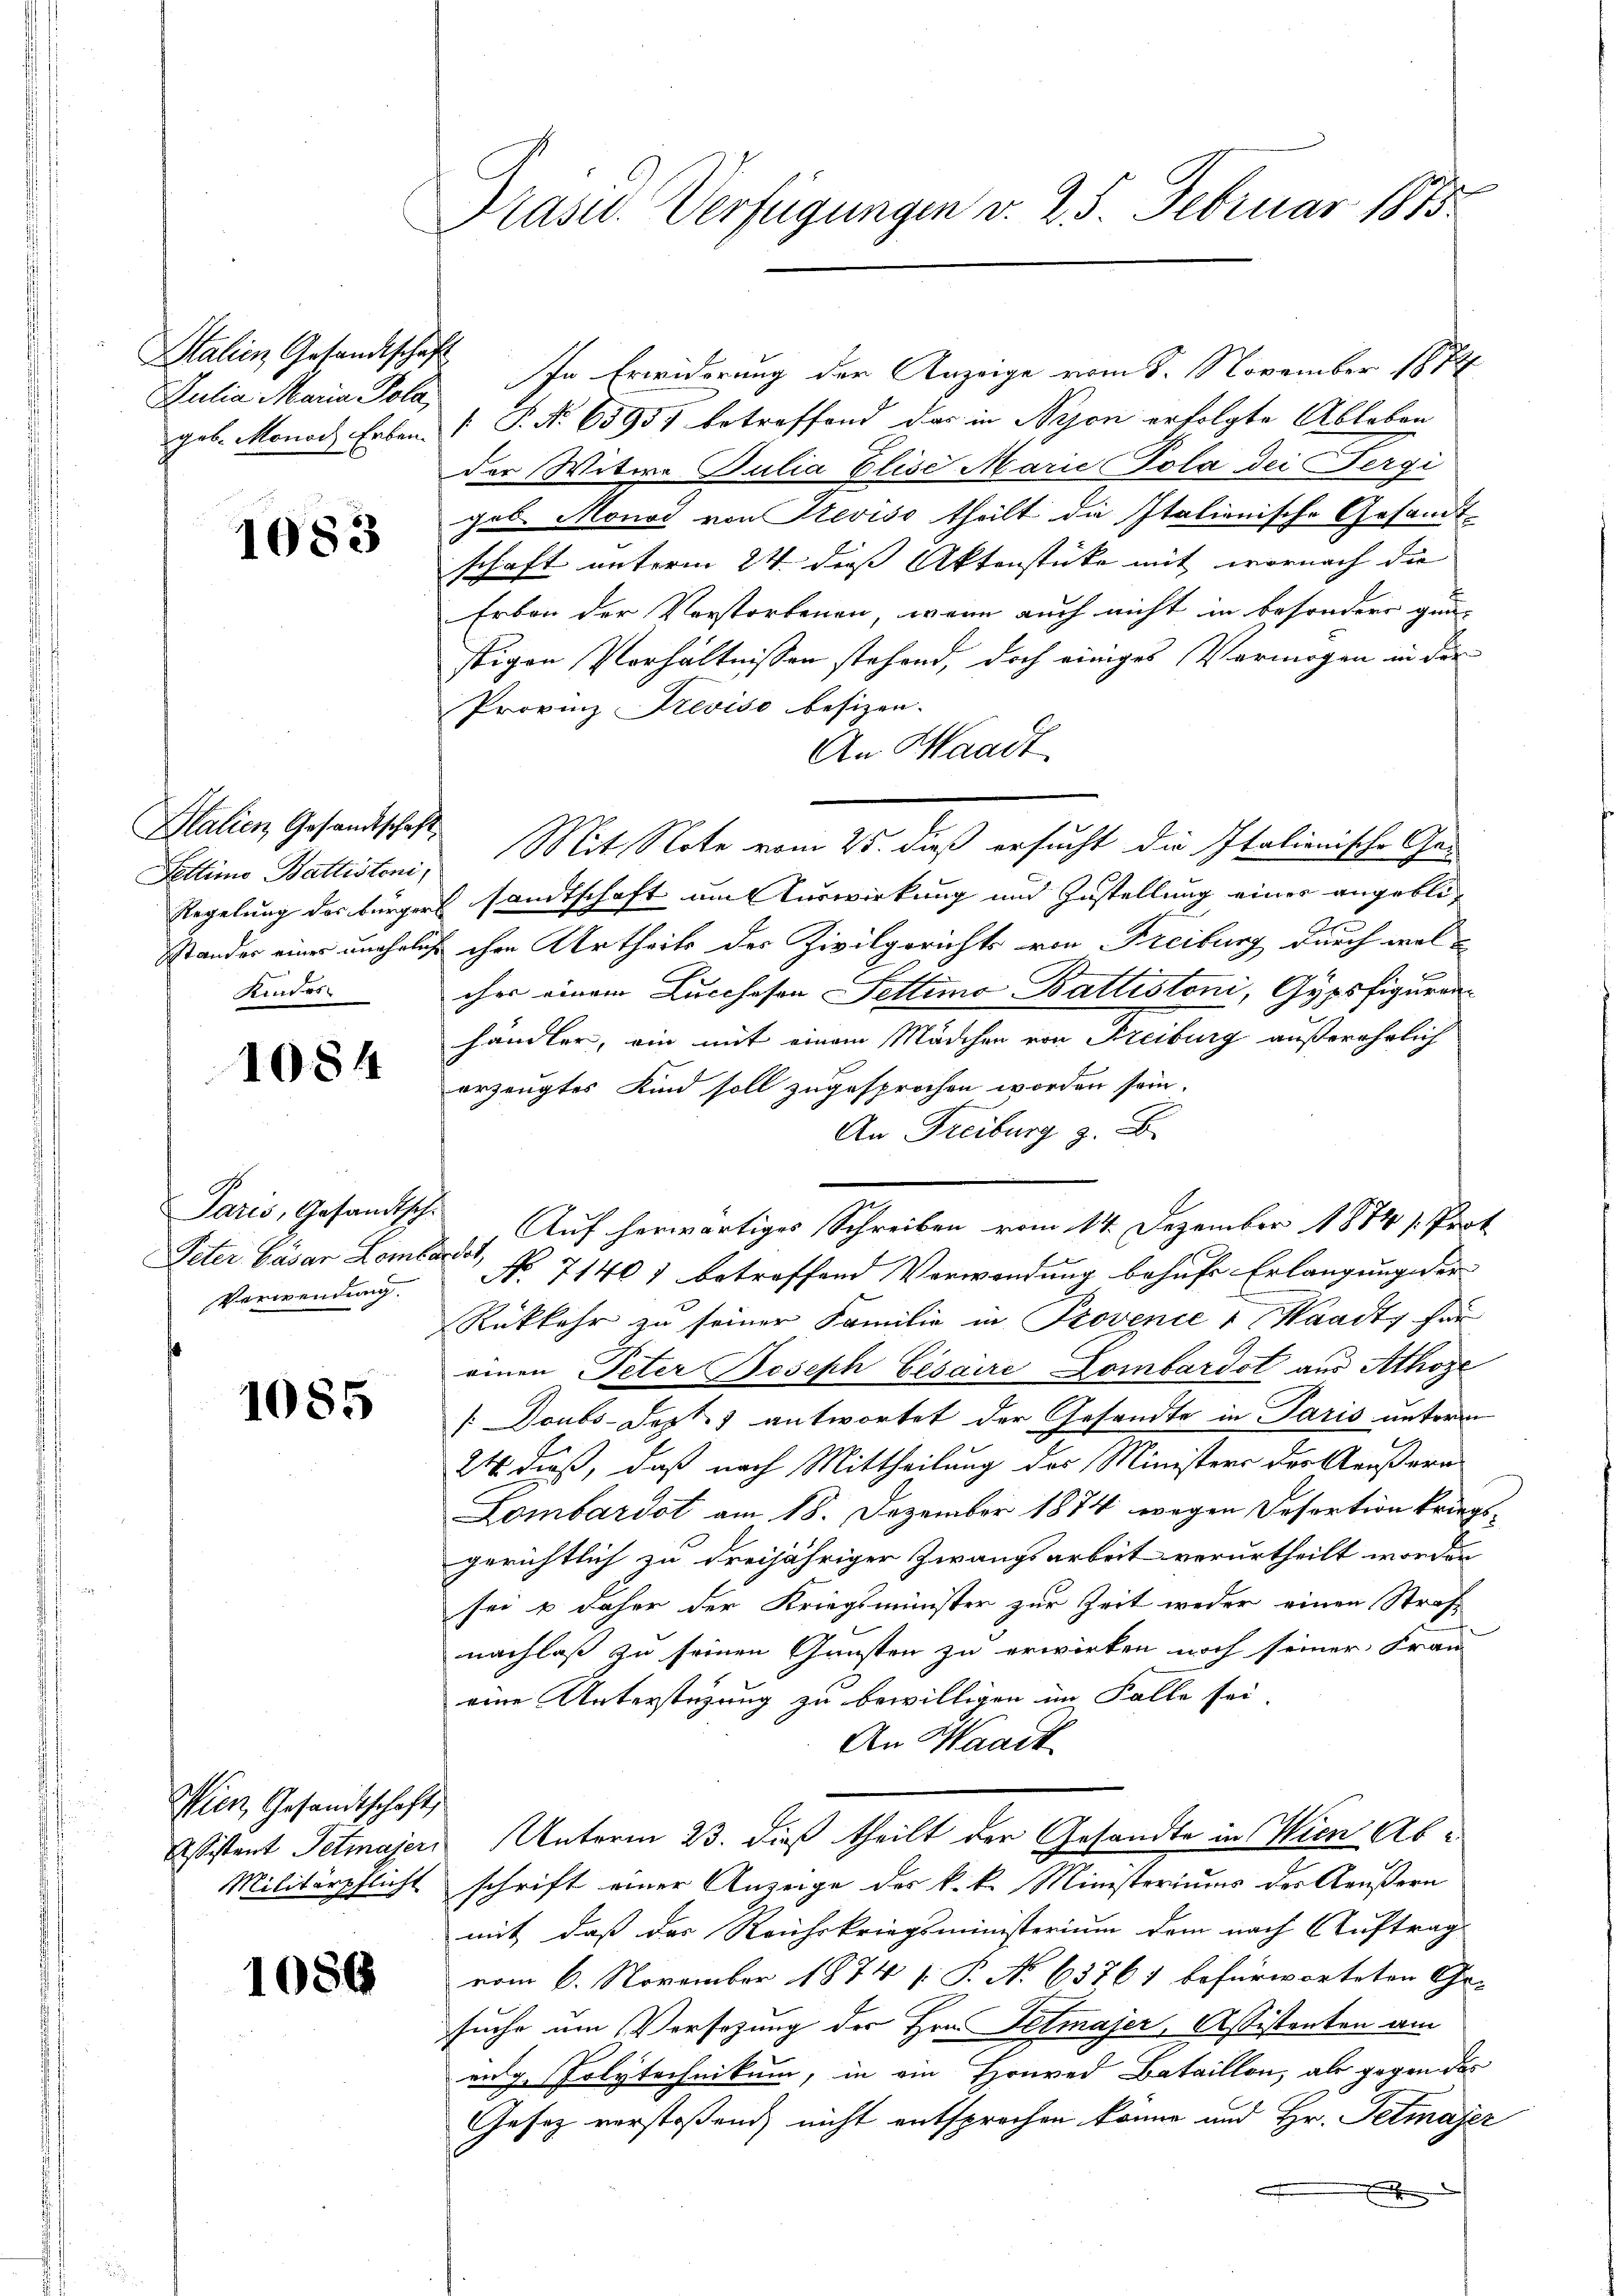
Stalien Gesandtschaft
Julia Maria Pola,

1083

Stalien Gesandtschaft
Fettimo Battisteni,
Kintos

1084

Paris, Gesandtsch
Peter Casar Lombardes,
Verwendung.

1085

Wien, Gesandtschaft

1089

Präsid. Verfügungen v. 25. Februar 1815

In Erwiderung der Anzeige vom 8. November 1874
geb. Monod Erben. P. Nr. 65957 betreffend das in Nyon erfolgte Ableben
der Witwe Julia Elise Marie Pola dei Sergi
geb. Monod von Steviso theilt die Italienische Gesandt-
schaft unterm 24. dies Aktenstücke mit wornach die
Erben der Verstorbenen, wenn auch nicht in besondere gun-
stigen Verhältnissen stehend, doch einiges Vermögen in der
Provinz Treviso besizen.
An Waadt.
Mit Note vom 25. dieß ersucht die Italionische Ge-
Regelung der bürgers sandtschaft um Verwirkung und Zustellung eines angebli¬
Stander einer unehelich ihre Urtheils des Zivilgerichts von Freibung durch welcher einem Lucchesen Fettimo Battestoni, Gypsfiguran
händler, ein mit einem Mädchen von Freiburg außerehrlich
erzeugtes Kind soll zugesprochen worden sein.
An Freiburg z. B.
Auf herwärtiges Schreiben vom 14. Dezember 1874 s. Prot
No 71401 betreffend Verwendung behufe Erlangung der
Rükkehr zu seiner Familie in Provenie " Waadt, für
einen Peter Joseph Cesaire Dombardol aus Athoze
/Doubs-Sept. 1 antwortet der Gesandte in Paris unterm
24 dieß, daß nach Mittheilung des Ministers der Aeußern
Lombardot am 18. Dezember 1874 wegen Desortion kriegsgerichtlich zu dreijähriger Zwangsarbeit verurtheilt worden
sei u daher der Kriegsminister zur Zeit weder einen Straß
nachlaß zu seinen Gunsten zu erwirken noch seiner Frau
eine Unterstüzung zu bewilligen im Falle sei.
An Waadt
Assistent Petmajer Unterm 23. dieß theilt der Gesandte in Wien Ab¬
Militärpflicht schrift einer Anzeige des k. k. Ministeriums des Aeußern
mit, daß das Reichskriegsministerium dem nach Auftrag
vom 6. November 1874 [ P. No 63761 befürworteten Ge-
suche um Versetzung der Hrn. Petmajer, Assistenten am
eng. Polytechnikum, in ein Honrad Bataillon, als gegendes
Gesetz verstoßend nicht entsprochen könne und Hr. Petmajer